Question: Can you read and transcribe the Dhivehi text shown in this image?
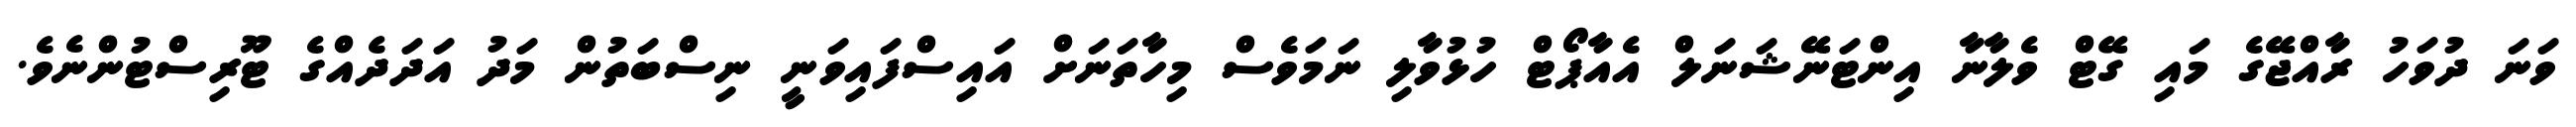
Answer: ވަނަ ދުވަހު ރާއްޖޭގެ މައި ގޭޓް ވެލާނާ އިންޓަނޭޝަނަލް އެއާޕޯޓް ހުޅުވާލި ނަމަވެސް މިހާތަނަށް އައިސްފައިވަނީ ނިސްބަތުން މަދު އަދަދެއްގެ ޓޫރިސްޓުންނެވެ.